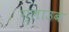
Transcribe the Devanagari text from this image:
ग्लाउब